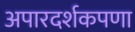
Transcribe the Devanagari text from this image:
अपारदर्शकपणा